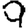
Digit: 9